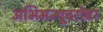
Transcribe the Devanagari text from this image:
अभिमन्यूबरोबर